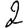
Digit: 2